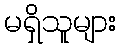
မရှိသူများ